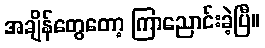
အချိန်တွေတော့ ကြာညောင်းခဲ့ပြီ။